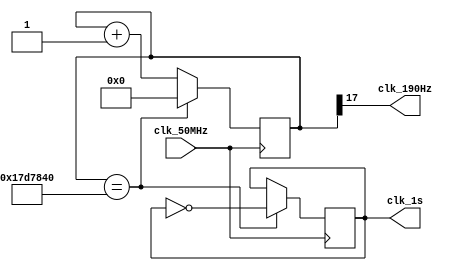
module second_divf(clk_50MHz,clk_1s,clk_190Hz);
input clk_50MHz;
output reg clk_1s;

output clk_190Hz;

reg [25:0] cnt;

assign clk_190Hz=cnt[17];

always @(posedge clk_50MHz)begin
	if(cnt==25_000_000) begin		
		cnt<=0;
		clk_1s<=~clk_1s;
	end
	else cnt<=cnt+1;
end
endmodule